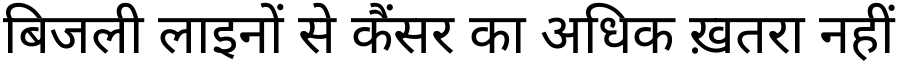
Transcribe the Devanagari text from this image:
बिजली लाइनों से कैंसर का अधिक ख़तरा नहीं